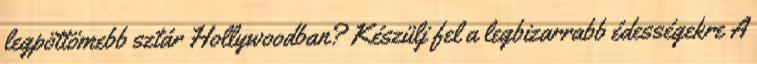
legpöttömebb sztár Hollywoodban? Készülj fel a legbizarrabb édességekre A